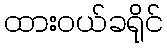
ထားဝယ်ခရိုင်